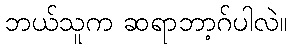
ဘယ်သူက ဆရာဘာ့ဂ်ပါလဲ။